Lunatic asylums Central Provinces reports 1886-1894 - 1886-1894
Year: 1886
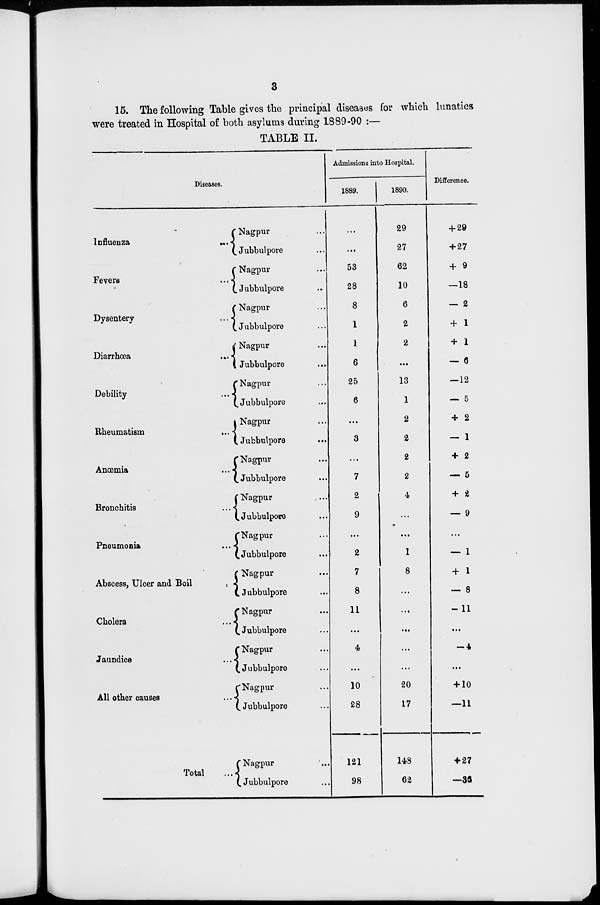
3
15. The following Table gives the principal diseases for which lunatics
were treated in Hospital of both asylums during 1889-90 :—
TABLE II.
Diseases.
Influenza
...
Fevers ...
Dysentery ...
Diarrhœa
...
Debility ...
Rheumatism ...
Anœmia ...
Bronchitis ...
Pneumonia ...
Abscess, Ulcer and Boil
Cholera ...
Jaundice ...
All other causes ...
Total ...
Nagpur ...
Jubbulpore ...
Nagpur ...
Jubbulpore ...
Nagpur ...
Jubbulpore ...
Nagpur ...
Jubbulpore ...
Nagpur ...
Jubbulpore ...
Nagpur ...
Jubbulpore ...
Nagpur ...
Jubbulpore ...
Nagpur ...
Jubbulpore ...
Nagpur ...
Jubbulpore ...
Nagpur ...
Jubbulpore ...
Nagpur ...
Jubbulpore ...
Nagpur ...
Jubbulpore ...
Nagpur ...
Jubbulpore ...
Nagpur ...
Jubbulpore ...
Admissions into Hospital.
1889.
...
...
53
28
8
1
1
6
25
6
...
3
...
7
2
9
...
2
7
8
11
...
4
...
10
28
121
98
1890.
29
27
62
10
6
2
2
...
13
1
2
2
2
2
4
...
...
1
8
...
...
...
...
...
20
17
148
62
Difference.
+ 29
+ 27
+ 9
—18
— 2
+ 1
+ 1
— 6
—12
— 5
+ 2
— 1
+ 2
— 5
+ 2
— 9
...
— 1
+ 1
— 8
—11
...
— 4
...
+ 10
—11
+ 27
—36